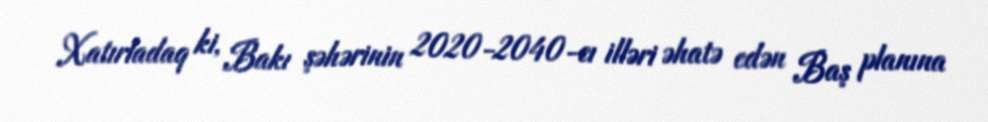
Xatırladaq ki, Bakı şəhərinin 2020-2040-cı illəri əhatə edən Baş planına